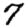
Digit: 7